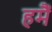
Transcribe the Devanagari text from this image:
हमैं